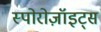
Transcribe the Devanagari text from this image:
स्पोरोज़ॉइट्स